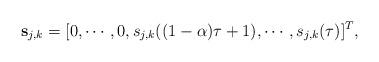
LaTeX: \begin{align*}\textbf{s}_{j,k} &= [0,\cdots,0, s_{j,k}((1-\alpha) \tau+1),\cdots,s_{j,k}(\tau)]^T,\end{align*}